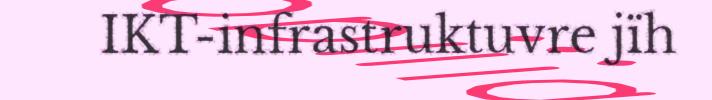
IKT-infrastruktuvre jïh